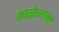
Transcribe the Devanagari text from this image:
कास्तेल्यानो